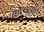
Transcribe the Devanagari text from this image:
कल्पनांत